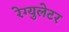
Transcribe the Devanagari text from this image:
रेग्‍युलेटर